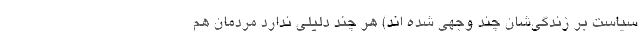
سیاست بر زندگی‌شان چند وجهی شده اند) هر چند دلیلی ندارد مردمان هم